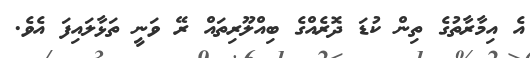
އެ އިމާރާތުގެ ތިން ކުޑަ ދޮރެއްގެ ބިއްލޫރިތައް ރޭ ވަނީ ތަޅާލައިފަ އެވެ.